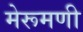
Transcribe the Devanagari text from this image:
मेरूमणी